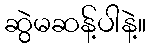
ဆွဲမဆန့်ပါနဲ့။